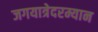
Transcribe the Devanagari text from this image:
जगयात्रेदरम्यान